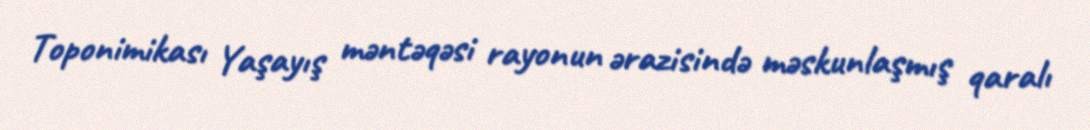
Toponimikası Yaşayış məntəqəsi rayonun ərazisində məskunlaşmış qaralı